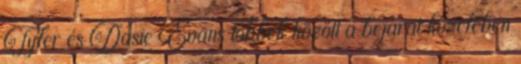
Tyler és Dasie Evans többek között a bejárat közelében